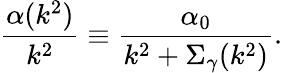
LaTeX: \frac{\alpha(k^{2})}{k^{2}}\equiv\frac{\alpha_{0}}{k^{2}+\Sigma_{\gamma}(k^{2})}.